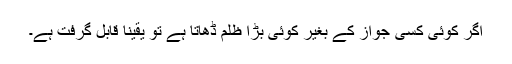
اگر کوئی کسی جواز کے بغیر کوئی بڑا ظلم ڈھاتا ہے تو یقینا قابل گرفت ہے۔